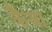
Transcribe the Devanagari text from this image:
कैंजा